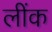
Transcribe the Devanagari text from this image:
लींक